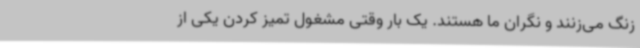
زنگ می‌زنند و نگران ما هستند. یک بار وقتی مشغول تمیز کردن یکی از